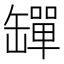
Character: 𦉕